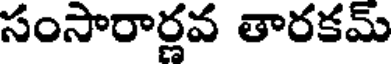
సంసారార్లవ తారకమ్